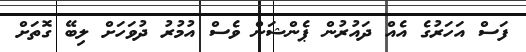
ފަސް އަހަރުގެ އެއް ދައުރުން ޕެންޝަން ވެސް އުމުރު ދުވަހަށް ލިބޭ ގޮތަށް